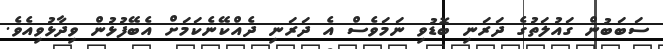
ސަބަބުން ގައުލަތުގެ ދަރަނި ބޮޑުވި ނަމަވެސް އެ ދަރަނި ދެއްކޭނެކަމަށް އެބޭފުޅުން ވިދާޅުވިއެވެ.